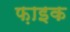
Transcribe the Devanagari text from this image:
फ़ाइक